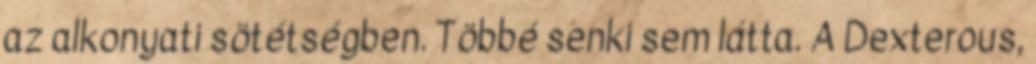
az alkonyati sötétségben. Többé senki sem látta. A Dexterous,